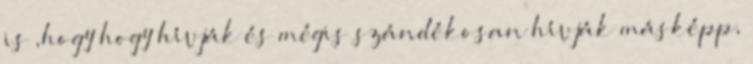
is ,hogy hogy hívják és mégis szándékosan hívják másképp,